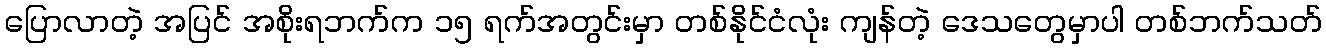
ပြောလာတဲ့ အပြင် အစိုးရဘက်က ၁၅ ရက်အတွင်းမှာ တစ်နိုင်ငံလုံး ကျန်တဲ့ ဒေသတွေမှာပါ တစ်ဘက်သတ်